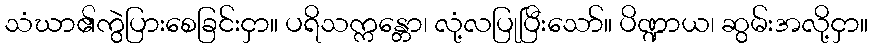
သံဃာ၏ကွဲပြားစေခြင်းငှာ။ ပရိသက္ကန္တော၊ လုံ့လပြုပြီးသော်။ ပိဏ္ဍာယ၊ ဆွမ်းအလို့ငှာ။